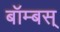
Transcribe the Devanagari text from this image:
बॉम्बस्